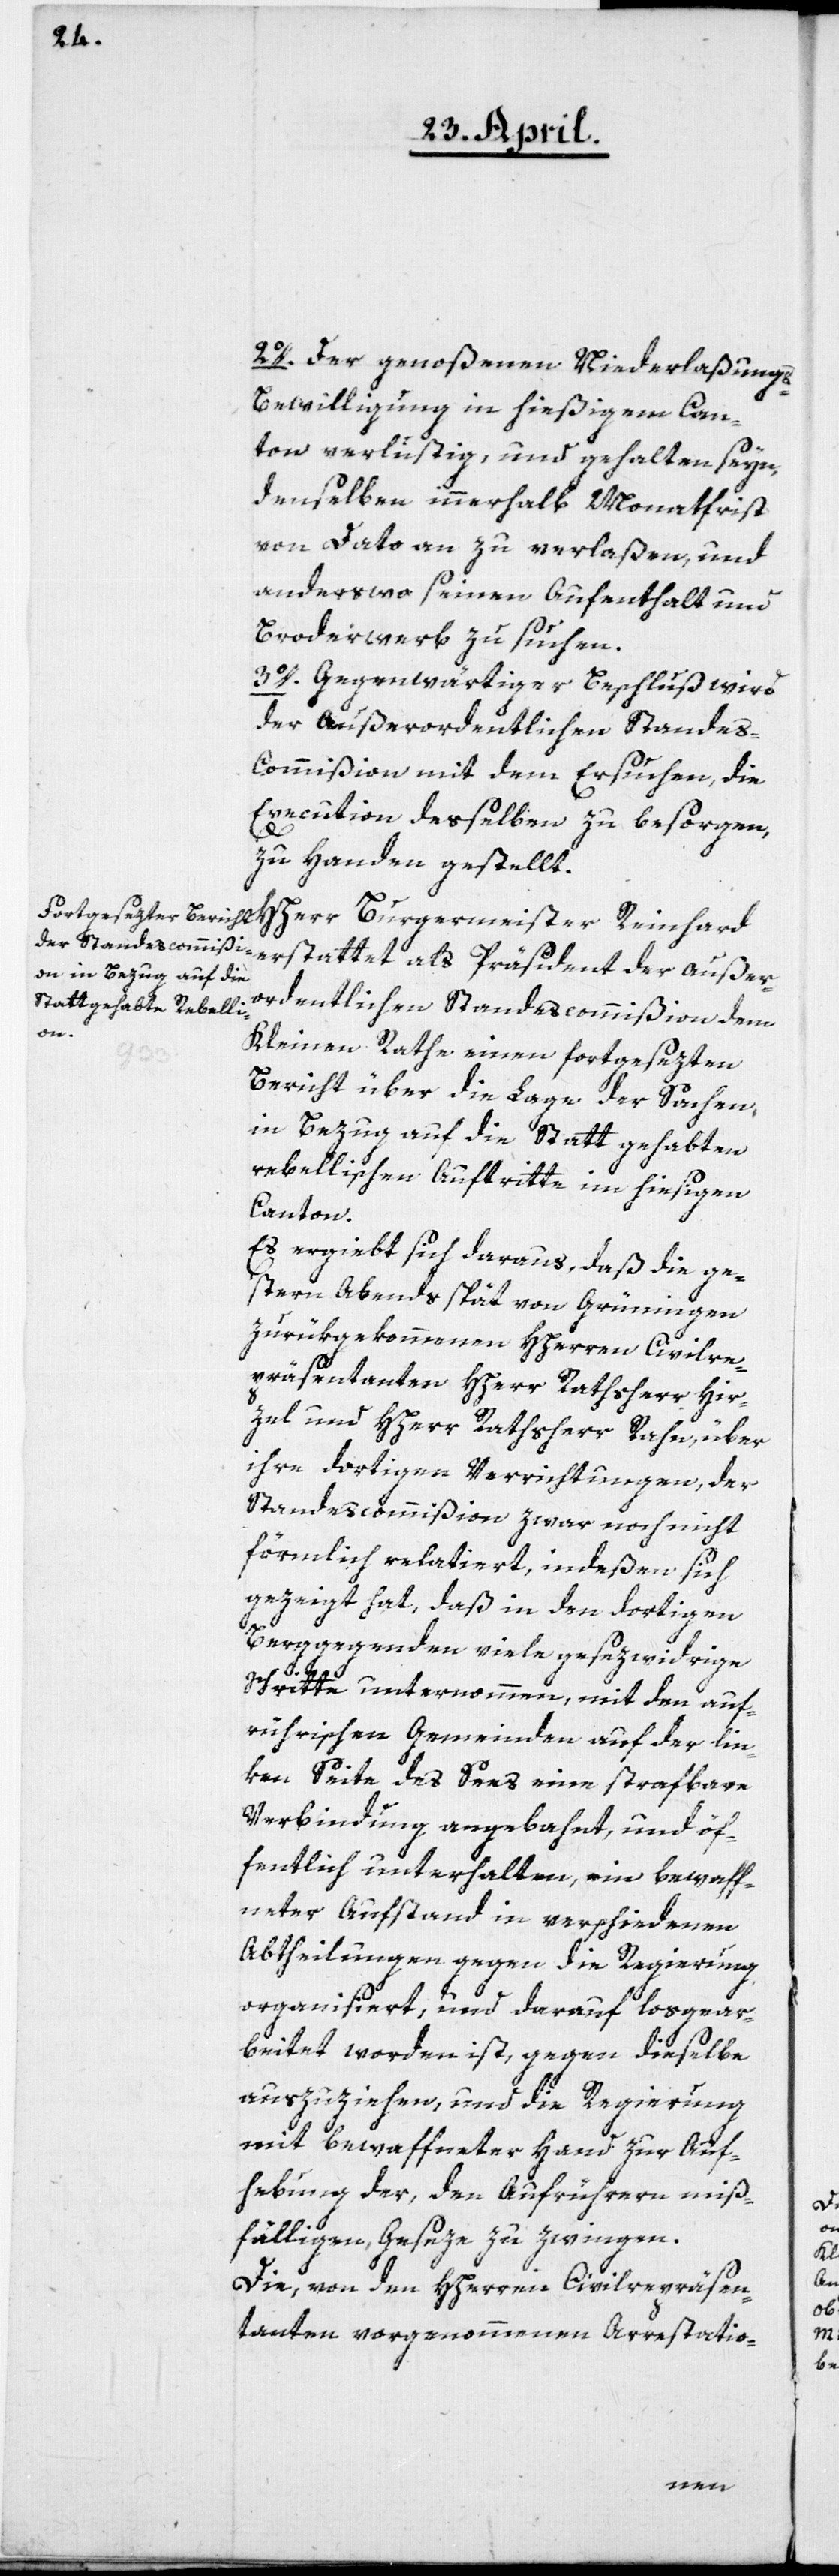
2o. Der genoßenen Niederlaßung¬
s-Bewilligung in hiesigem Can¬
ton verlustig und gehalten seyn,
denselben innerhalb Monatfrist
von Dato an zu verlaßen, und
anderswo seinen Aufenthalt und
Broderwerb zu suchen.
3o. Gegenwärtiger Beschluß wird
der außerordentlichen Stande¬
s-Commißion mit dem Ersuchen, die
Execution desselben zu besorgen,
zu Handen gestellt.
HHerr Burgermeister Reinhard
erstattet als Präsident der außer¬
ordentlichen Standescommißion dem
Kleinen Rathe einen fortgesetten
Bericht über die Lage der Sachen,
in Bezug auf die Statt gehabten
rebellischen Auftritte im hiesigen
Canton.
Es ergiebt sich daraus, daß die ge¬
stern Abends spät von Grüningen
zurückgekommenen HHerren Civilre¬
präsentanten HHerr Rathsherr Hir¬
zel und HHerr Rathsherr Rahn, über
ihre dortigen Verrichtungen, der
Standescommißion zwar noch nicht
förmlich relatiert, indeßen sich
gezeigt hat, daß in den dortigen
Berggegenden viele gesezwidrige
Schritte unternommen, mit den auf¬
rührischen Gemeinden auf der lin¬
ken Seite des Sees eine strafbare
Verbindung angebahnt, und öf¬
fentlich unterhalten, ein bewaff¬
neter Aufstand in verschiedenen
Abtheilungen gegen die Regierung
organisiert, und darauf losgear¬
beitet worden ist, gegen dieselbe
auszuziehen, und die Regierung
mit bewaffneter Hand zur Auf¬
hebung der, den Anführern miß¬
fälligen Geseze zu zwingen.
Die, von den HHerren Civilrepräsen¬
tanten vorgenommenen Arrestatio-